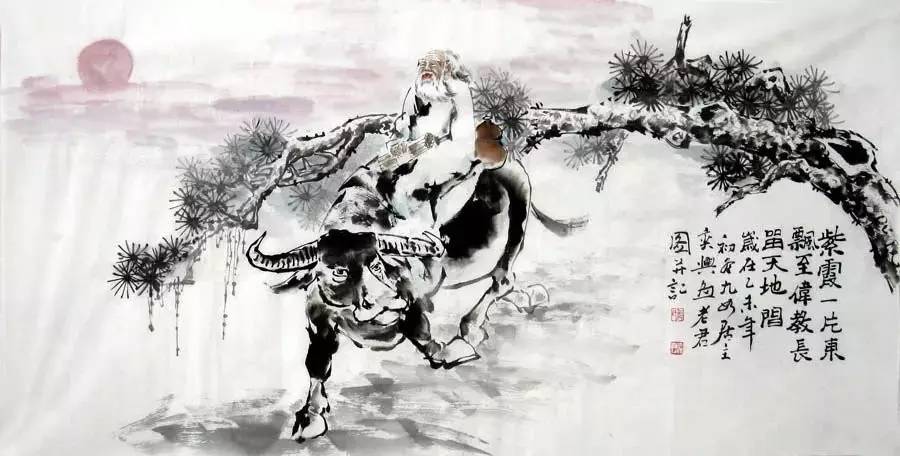
佳人应怪我，别后寡信轻诺。